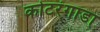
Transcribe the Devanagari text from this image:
कोटरंगाडा